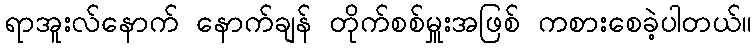
ရာအူးလ်နောက် နောက်ချန် တိုက်စစ်မှူးအဖြစ် ကစားစေခဲ့ပါတယ်။